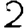
Digit: 2